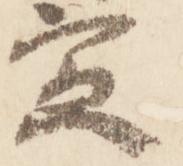
寅